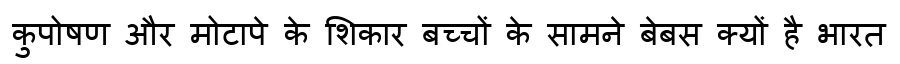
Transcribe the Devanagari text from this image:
कुपोषण और मोटापे के शिकार बच्चों के सामने बेबस क्यों है भारत